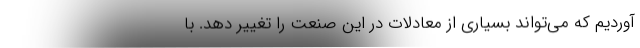
آوردیم که می‌تواند بسیاری از معادلات در این صنعت را تغییر دهد. با